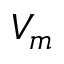
V _ { m }